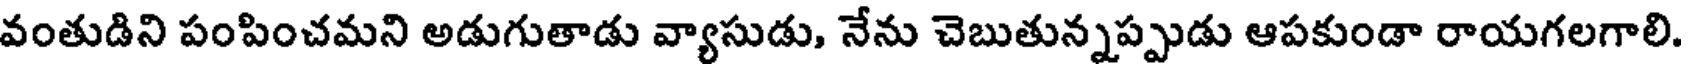
వంతుడిని పంపించమని అడుగుతాడు వ్యాసుడు, నేను చెబుతున్నప్పుడు ఆపకుండా రాయగలగాలి